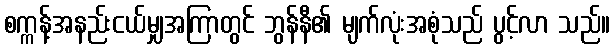
စက္ကန့်အနည်းငယ်မျှအကြာတွင် ဘွန်နီ၏ မျက်လုံးအစုံသည် ပွင့်လာ သည်။